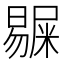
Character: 𭧺